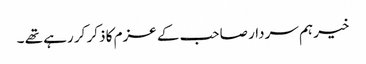
خیر ہم سردار صاحب کے عزم کا ذکر کر رہے تھے ۔